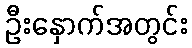
ဦးနှောက်အတွင်း